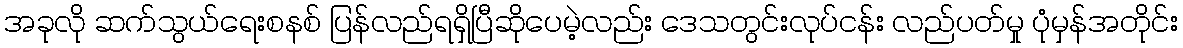
အခုလို ဆက်သွယ်ရေးစနစ် ပြန်လည်ရရှိပြီဆိုပေမဲ့လည်း ဒေသတွင်းလုပ်ငန်း လည်ပတ်မှု ပုံမှန်အတိုင်း